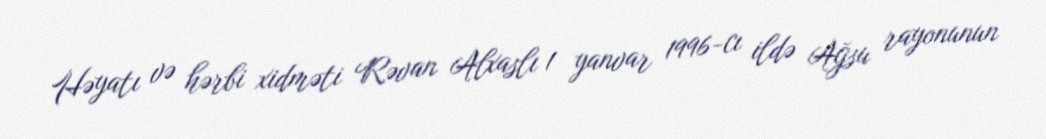
Həyatı və hərbi xidməti Rəvan Alxaslı 1 yanvar 1996-cı ildə Ağsu rayonunun